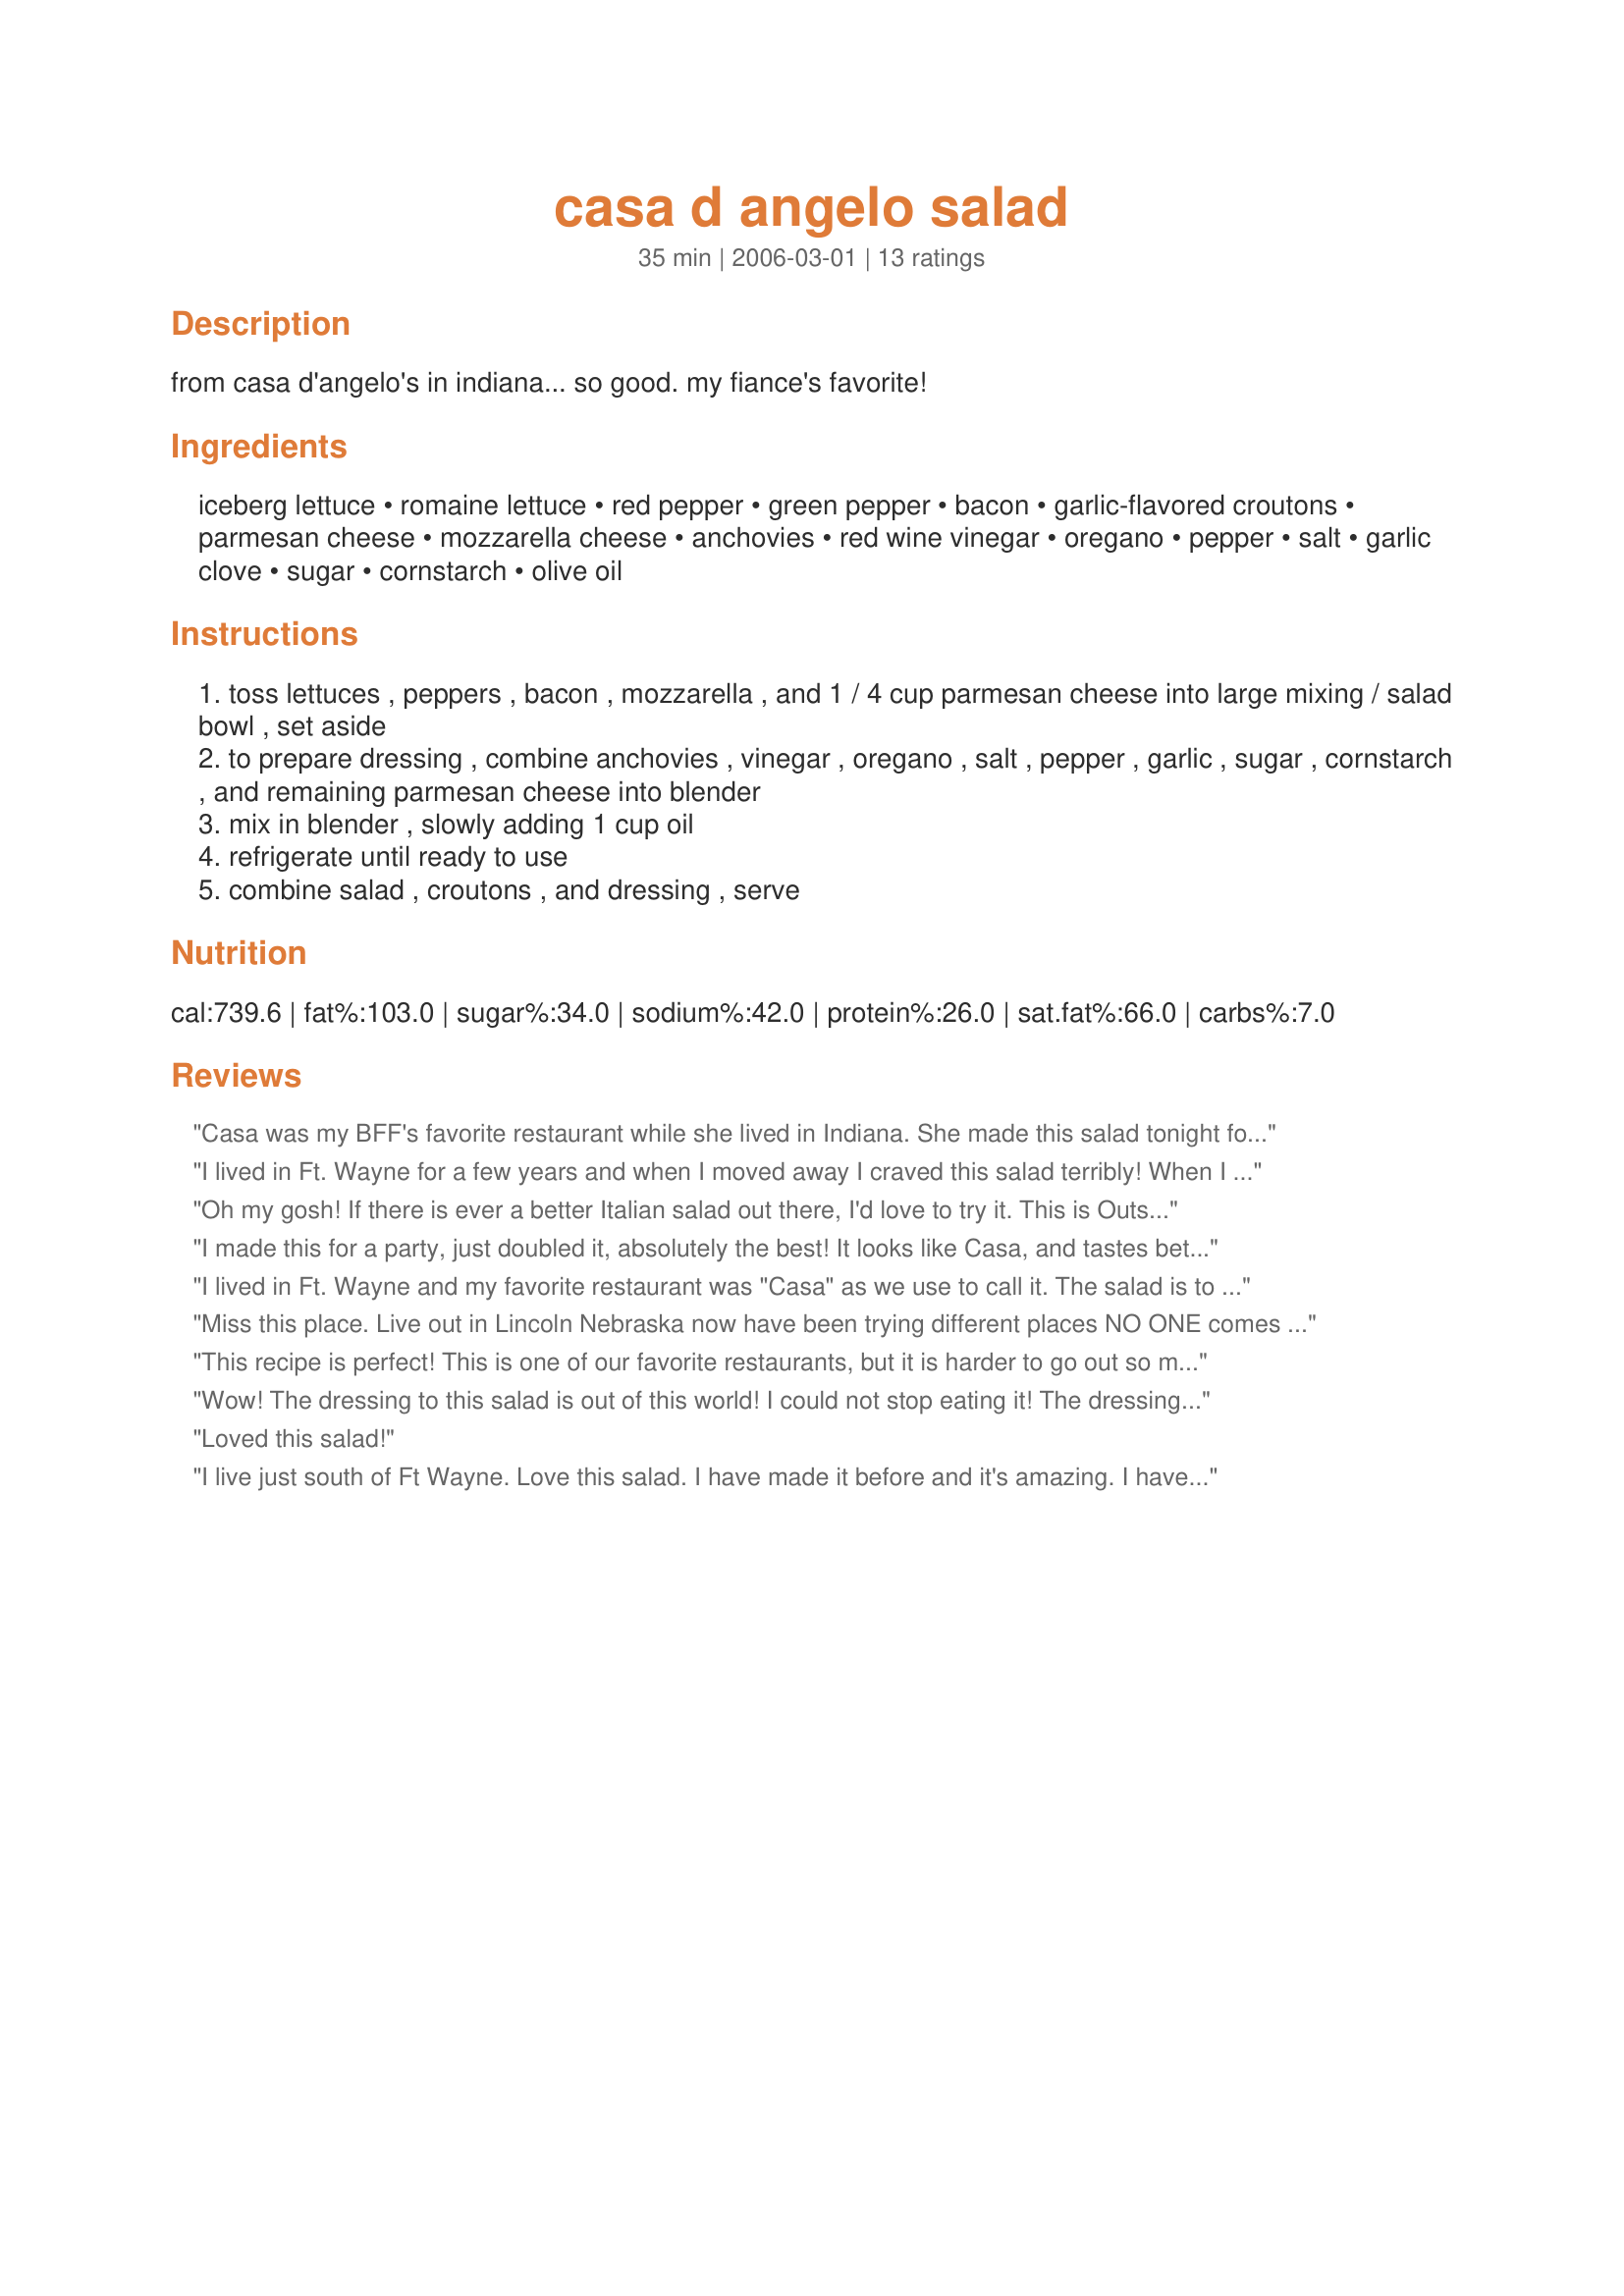
casa d angelo salad
Preparation time: 35 minutes

from casa d'angelo's in indiana... so good. my fiance's favorite!

Ingredients:
iceberg lettuce, romaine lettuce, red pepper, green pepper, bacon, garlic-flavored croutons, parmesan cheese, mozzarella cheese, anchovies, red wine vinegar, oregano, pepper, salt, garlic clove, sugar, cornstarch, olive oil

Steps:
toss lettuces , peppers , bacon , mozzarella , and 1 / 4 cup parmesan cheese into large mixing / salad bowl , set aside
to prepare dressing , combine anchovies , vinegar , oregano , salt , pepper , garlic , sugar , cornstarch , and remaining parmesan cheese into blender
mix in blender , slowly adding 1 cup oil
refrigerate until ready to use
combine salad , croutons , and dressing , serve

Reviews:
Casa was my BFF's favorite restaurant while she lived in Indiana. She made this salad tonight for dinner, and it is now one of my all-time favorites. I will definitely be making this again, and I don't even care for anchovies! (They are not detectable in the dressing, and are a must to obtain the flavor!)
I lived in Ft. Wayne for a few years and when I moved away I craved this salad terribly! When I found the recipe I went home and made it right away and was so pleasantly suprised to find out that it was just like I remembered. My husband loved it as well.
Oh my gosh! If there is ever a better Italian salad out there, I'd love to try it. This is Outstanding!!! I could (and have!) made an entire meal just out of this salad alone. To be totally true to Casa's salad, I'm not sure about the addition of green peppers. I'm thinking I may use green onions next time instead, to have a "true" Casa salad. I made my own croutons using Recipe #125034. I will be making this again, and again! I can't thank you enough, Cyclone Mommy, for posting this recipe!
I made this for a party, just doubled it, absolutely the best! It looks like Casa, and tastes better because there was no skimping on the cheese or bacon, plus a huge pan at a fraction of the carry out price! Thanks!
I lived in Ft. Wayne and my favorite restaurant was "Casa" as we use to call it. The salad is to die for. I was so excited when I found this recipe. I had to make it the same day for my BFF and her husband. It was awesome!!!!! My husband and I thought it tasted exactly like the Casa salad we once loved. The only addition is green onion. We live in another state now, and if we ever vist Ft. Wayne, IN, that is this first place I want to go. Yummy!!!!!
Miss this place. Live out in Lincoln Nebraska now have been trying different places NO ONE comes close
This recipe is perfect! This is one of our favorite restaurants, but it is harder to go out so much now with little kids! :) The only change I made is using 3/4 teaspoon of anchovy paste for the anchovies. It keeps a long time and comes in a little tube. THANK YOU for the recipe!
Wow! The dressing to this salad is out of this world! I could not stop eating it! The dressing makes this salad pop!
Loved this salad!
I live just south of Ft Wayne. Love this salad. I have made it before and it's amazing. I have heard it isn't the best nutrionally though, that's it's only downfall.
Loved it once I got over handling Anchovies. The dressing makes this salad. I skipped the green pepper as I didn't have any and as I'm typing this review relized that the bacon for this salad is still in the microwave :( Anyway, it was still amazing and one that I'll make again. Thanks for sharing. :)
Great recipe! I&#039;ve made it several times. Only suggestion: bust out a jar of pimento! I use those instead of the pepper!

Thanks!
I still live in Ft. Wayne and I love having this recipe...who wants to go out for salad all the time when you can have it anytime you want at home. it's also yummy to add grilled chicken like they will do for you at Casa's
